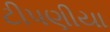
ટીપણીયા